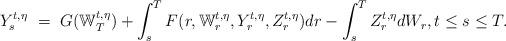
LaTeX: \begin{align*}Y_s^{t,\eta} \ = \ G(\mathbb W_T^{t,\eta}) + \int_s^T F(r,\mathbb W_r^{t,\eta},Y_r^{t,\eta},Z_r^{t,\eta}) dr - \int_s^T Z_r^{t,\eta} dW_r, t \leq s \leq T.\end{align*}